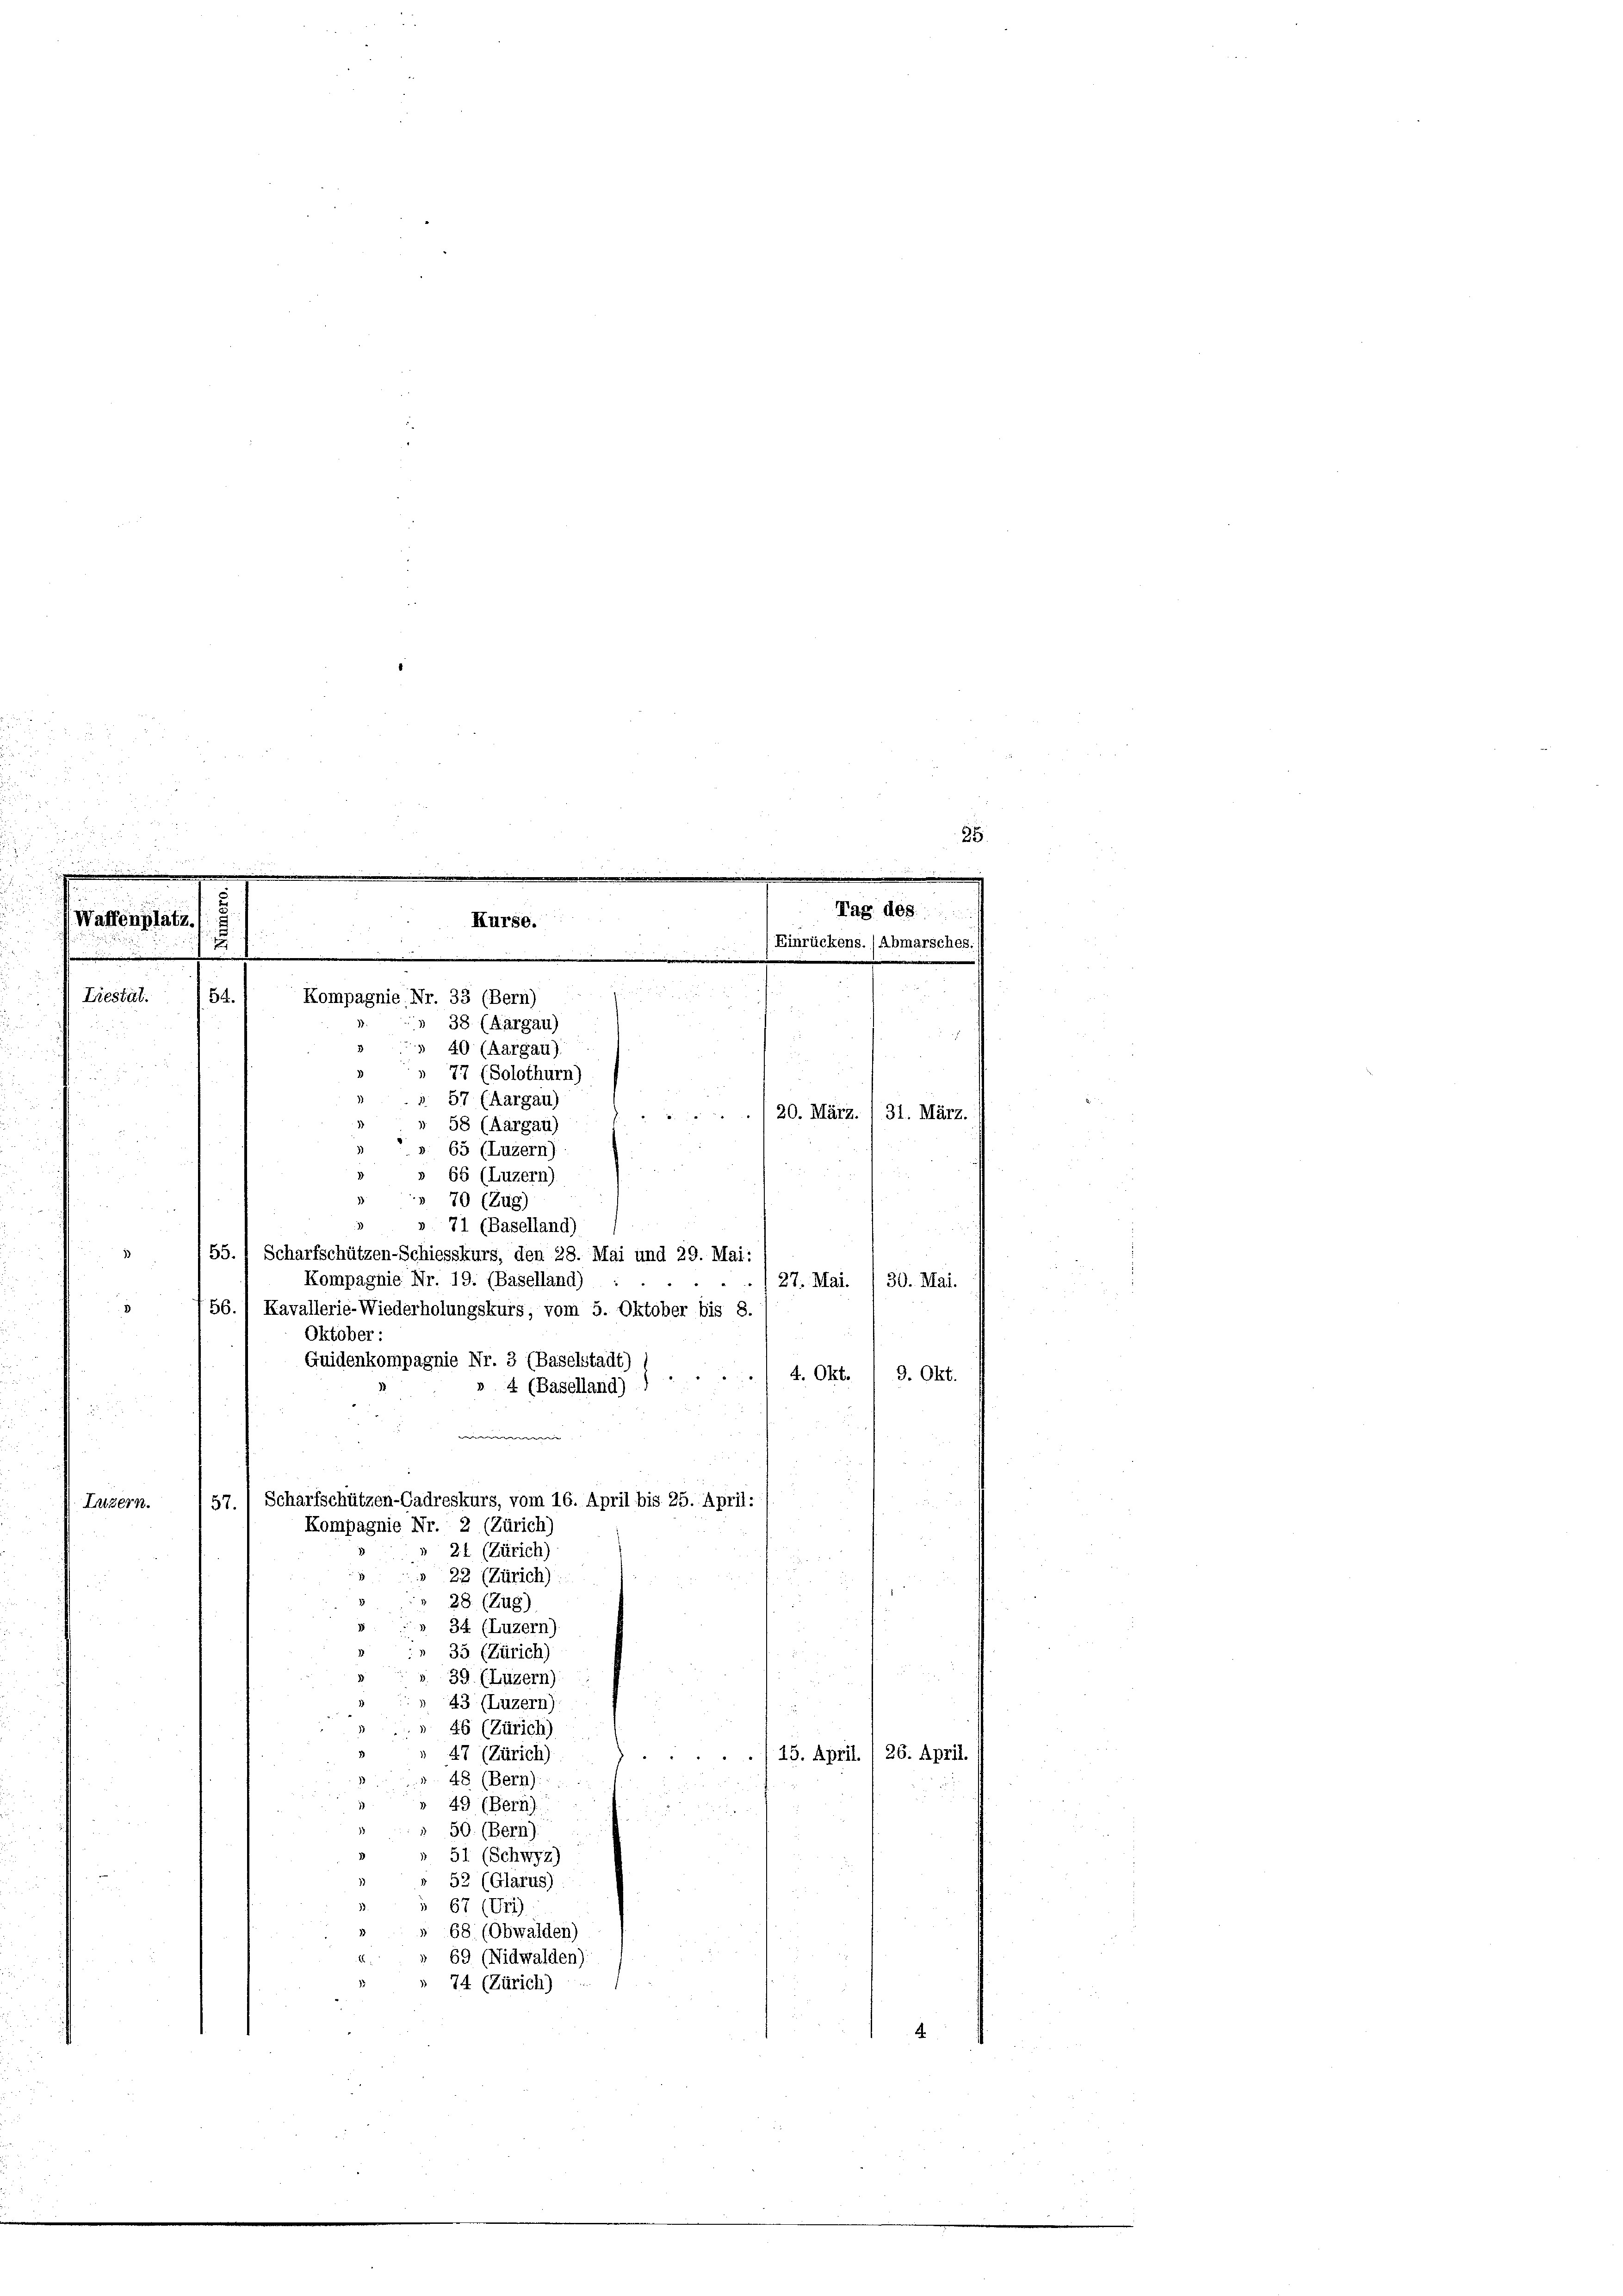
Kompagnie Nr. 33 (Bern)
» 38 (Aargau)
40 (Aargau)
77 (Solothurn)
57 (Aargau)
58 (Aargau)
65 (Luzern)
¬
66 (Luzern)
 70 (Zug)
» 71 (Baselland)
2
55. 1 Scharfschützen-Schiesskurs, den 28. Mai und 29. Mai:
Kompagnie Nr. 19. (Baselland)
27. Mai. / 30. Mai.
56.) Kavallerie-Wiederholungskurs, vom 5. Oktober bis 8.
Oktober:
Guidenkompagnie Nr. 3 (Baselstadt)
4. Okt. 9. Okt.
4 (Baselland)
e
Scharfschützen-Cadreskurs, vom 16. April bis 25. April:
Luzern.
57.
Kompagnie Nr. 2 (Zürich)
22 (Zürich)
22 (Zürich)
 28 (Zug)
34 (Luzern)
35 (Zürich)
39 (Luzern):
43 (Luzern).
46 (Zürich)
47 (Zürich)
15. April, 26. April.
48 (Bern):
49 (Bern).
50. (Bern).
51 (Schwyz)
 52 (Glarus).
67 (Uri)
68 (Obwalden)
69 (Nidwalden):
74 (Zürich)

Liestät.

54.

Kurse.

5.

/20. März. /31. März.